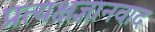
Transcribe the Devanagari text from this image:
प्रत्यक्षज्ञानवाद